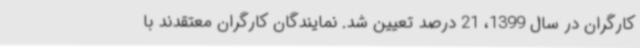
کارگران در سال 1399، 21 درصد تعیین شد. نمایندگان کارگران معتقدند با